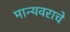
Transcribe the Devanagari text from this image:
मान्यवराचे